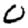
Digit: 0